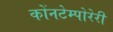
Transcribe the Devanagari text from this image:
कोंनटेम्पोरेरी